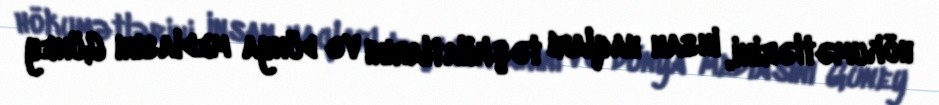
hökumətlərini, insan haqları təşkilatlarını və dünya mediasını Güney